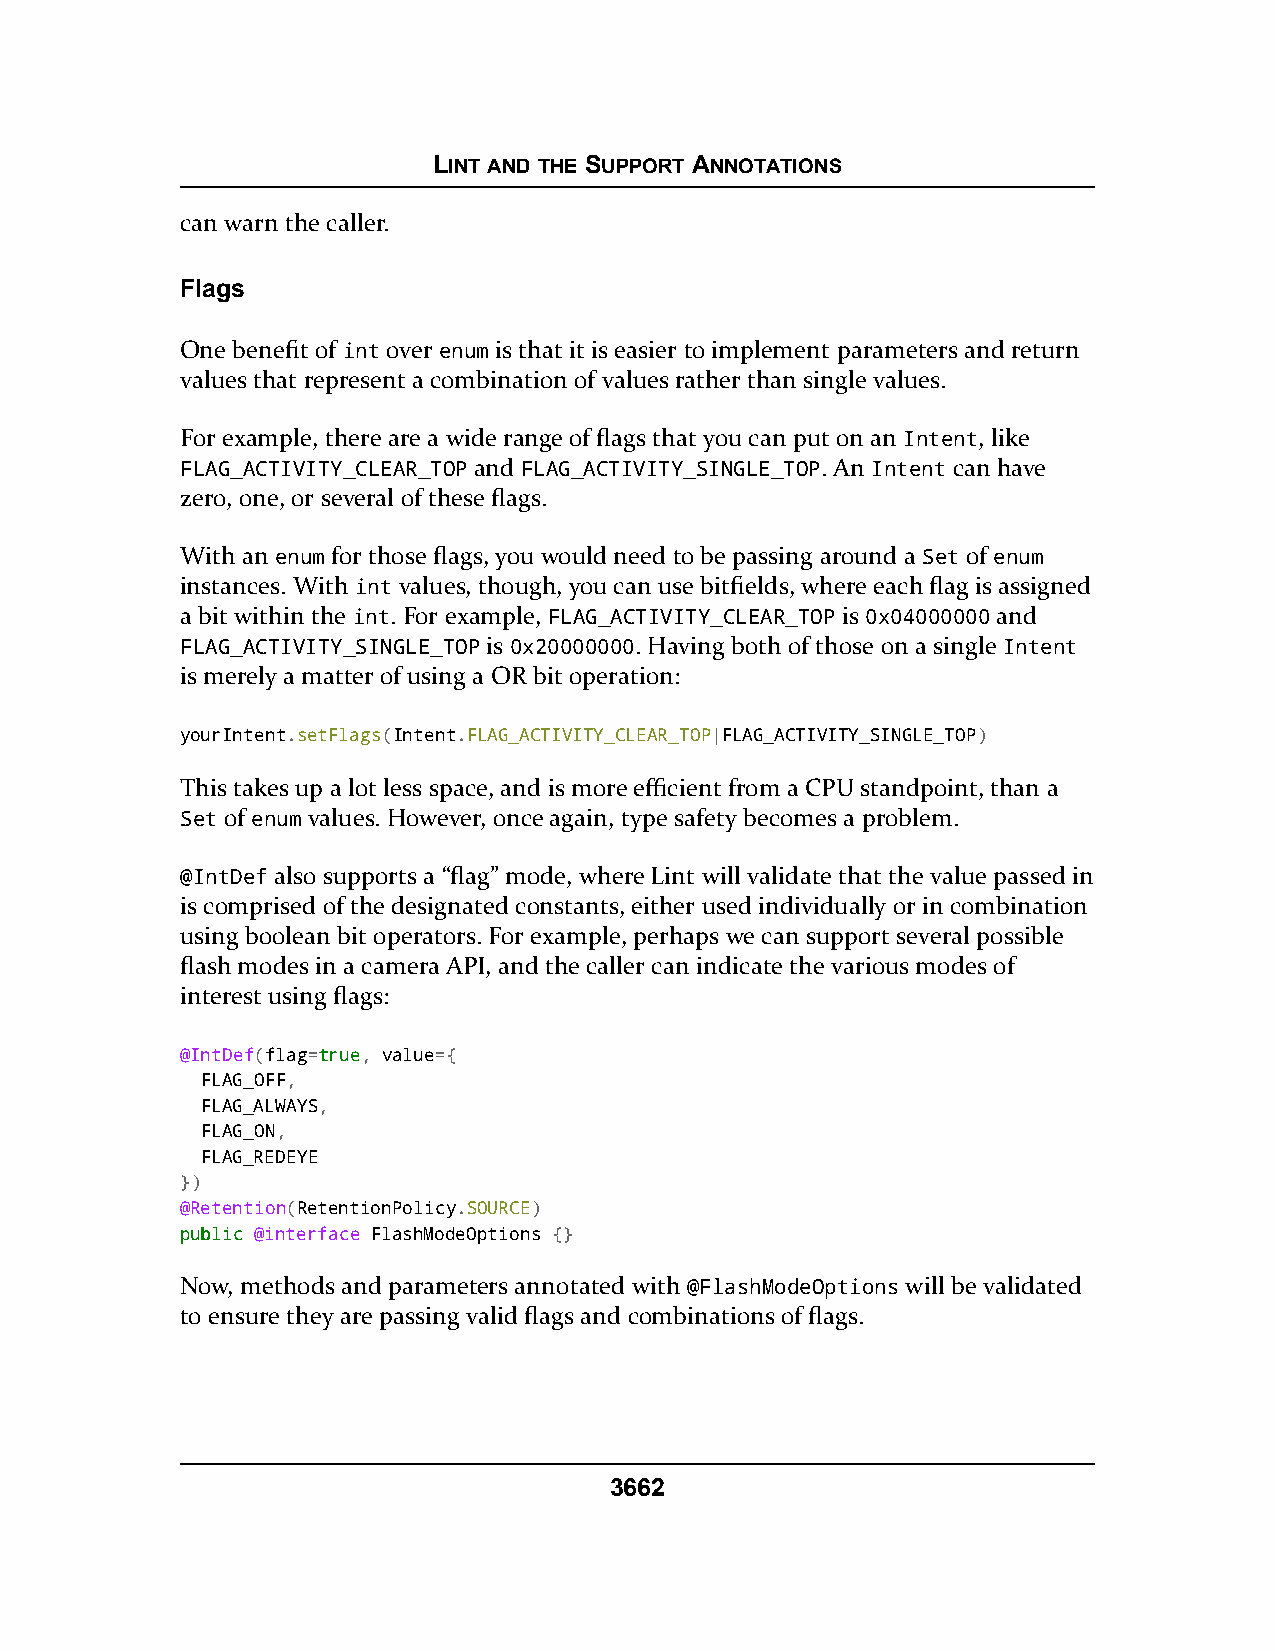
LINT AND THE SUPPORT ANNOTATIONS
 can warn the caller.
 Flags
 One benefit of int over enum is that it is easier to implement parameters and return
 values that represent a combination of values rather than single values.
 For example, there are a wide range of flags that you can put on an Intent, like
 FLAG_ACTIVITY_CLEAR_TOP and FLAG_ACTIVITY_SINGLE_TOP. An Intent can have
 zero, one, or several of these flags.
 With an enum for those flags, you would need to be passing around a Set of enum
 instances. With int values, though, you can use bitfields, where each flag is assigned
 a bit within the int. For example, FLAG_ACTIVITY_CLEAR_TOP is 0x04000000 and
 FLAG_ACTIVITY_SINGLE_TOP is 0x20000000. Having both of those on a single Intent
 is merely a matter of using a OR bit operation:
 yourIntent.setFlags(Intent.FLAG_ACTIVITY_CLEAR_TOP|FLAG_ACTIVITY_SINGLE_TOP)
 This takes up a lot less space, and is more efficient from a CPU standpoint, than a
 Set of enum values. However, once again, type safety becomes a problem.
 @IntDef also supports a “flag” mode, where Lint will validate that the value passed in
 is comprised of the designated constants, either used individually or in combination
 using boolean bit operators. For example, perhaps we can support several possible
 flash modes in a camera API, and the caller can indicate the various modes of
 interest using flags:
 @IntDef(flag=ttrruuee, value={
 FLAG_OFF,
 FLAG_ALWAYS,
 FLAG_ON,
 FLAG_REDEYE
 })
 @Retention(RetentionPolicy.SOURCE)
 ppuubblliicc @interface FlashModeOptions {}
 Now, methods and parameters annotated with @FlashModeOptions will be validated
 to ensure they are passing valid flags and combinations of flags.
 3662